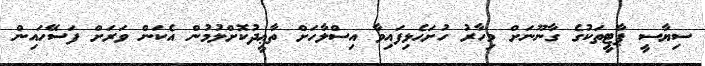
ސިޔާސީ ޕާޓީތަކުގެ ގާނޫނަށް މިހާރު ހުށަހެޅިފައިވާ އިސްލާހަށް ތާޢީދުކޮށްލުމުން އެކަން ވަރަށް ފަސޭހައިން